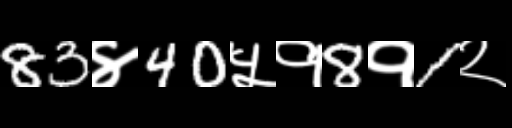
Text: 83४40५१8१1२